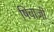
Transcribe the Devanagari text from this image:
षिवाजी